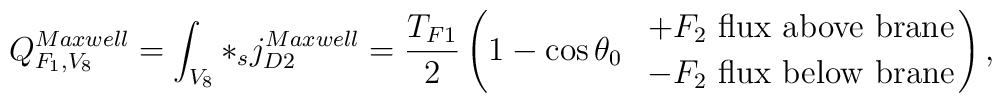
Q_{F_1,V_8}^{Maxwell} = \int_{V_8} *_s j_{D2}^{Maxwell} = \frac{T_{F1}}{2}\left( 1 - \cos \theta_0 \ \  {+ F_2  \ {{\rm flux \  above \ brane}} \atop { -F_2  \ {\rm flux \  below \ brane}}} \right),